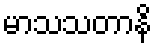
မာသသတာနိ